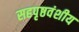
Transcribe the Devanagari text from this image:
सहपृष्ठवंशीय